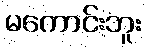
မကောင်းဘူး